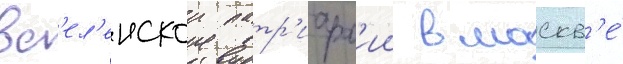
вс'ел'енскои патр'иарх'ии в москв'е́